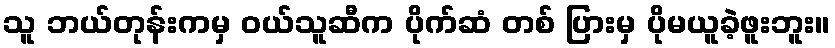
သူ ဘယ်တုန်းကမှ ဝယ်သူဆီက ပိုက်ဆံ တစ် ပြားမှ ပိုမယူခဲ့ဖူးဘူး။